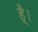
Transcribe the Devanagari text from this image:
है्।